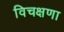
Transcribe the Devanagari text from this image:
विचक्षणा